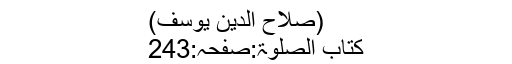
(صلاح الدین یوسف)
کتاب الصلوٰۃ:صفحہ:243